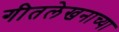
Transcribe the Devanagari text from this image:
गीतलेखनाच्या